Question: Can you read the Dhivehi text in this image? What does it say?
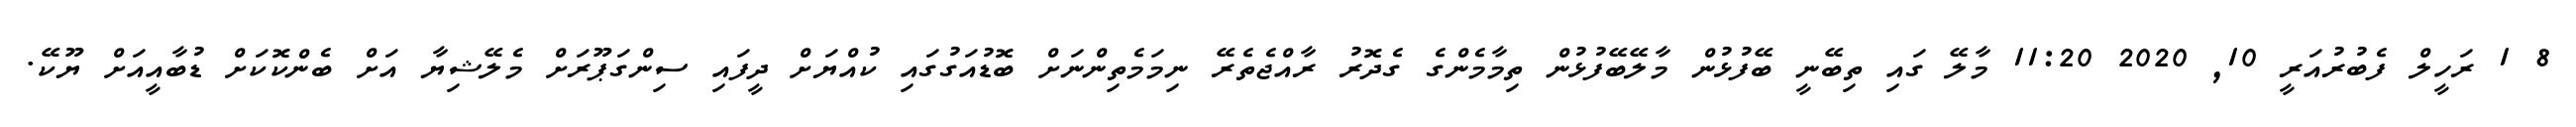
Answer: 8 1 ރަހީލް ފެބުރުއަރީ 10, 2020 11:20 މާލޭ ގައި ތިބޭނީ ބޭފުޅުން މާލޭބޭފުޅުން ތިމާމެންގެ ގެދޮރު ރާއްޖެތެރޭ ނިމަމެތިންނަށް ބޮޑުއަގުގައި ކުއްޔަށް ދީފައި ސިންގަޕޫރަށް މެލޭޝިޔާ އަށް ބެންކޮކަށް ޑުބާއީއަށް ޔޫކޭ.